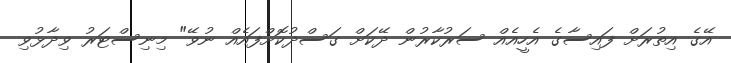
އޭގެ އިތުރަށް ފައިސާގެ އެހީއެއް ސަރުކާރުން ދޭކަށް ގަސްދުކޮށްފައެއް ނުވޭ" މިނިސްޓަރު ވިދާޅުވި